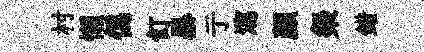
村懶僞飣暴亍瀉顏粲錯